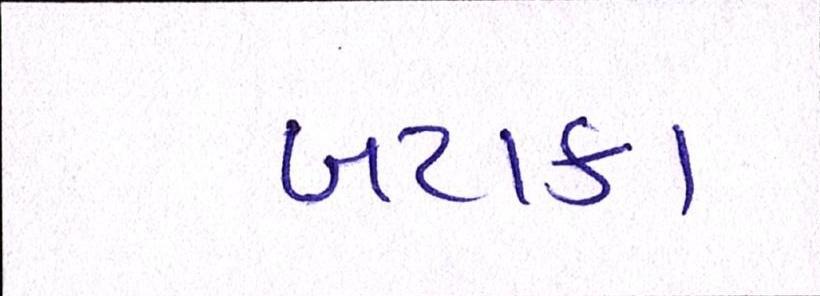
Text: બટાકા